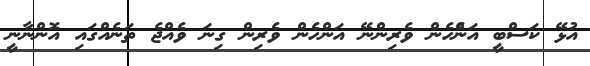
އުޅޭ ކަސްބީ އަންެހެން ވެރިންނޭ އަންހެން ވެރިން ގިނަ ވެއްޖެ ތަނެއްގައި އޮންނާނީ